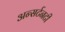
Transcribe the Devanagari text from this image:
अन्सर्टनटी